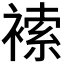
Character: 𧛻